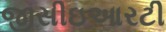
જીસીઇઆરટી